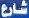
شارع